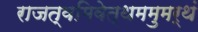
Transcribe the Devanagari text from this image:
राजत्वमिवेत्थममुमर्थं